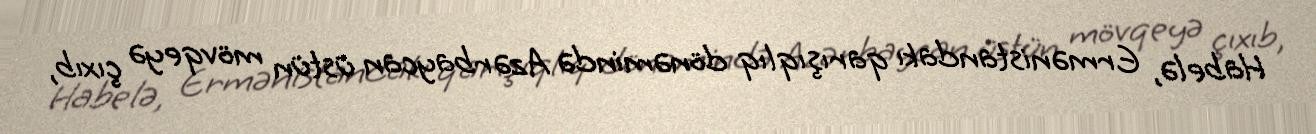
Habelə, Ermənistandakı qarışıqlıq dönəmində Azərbaycan üstün mövqeyə çıxıb,